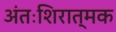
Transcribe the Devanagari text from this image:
अंतःशिरात्मक